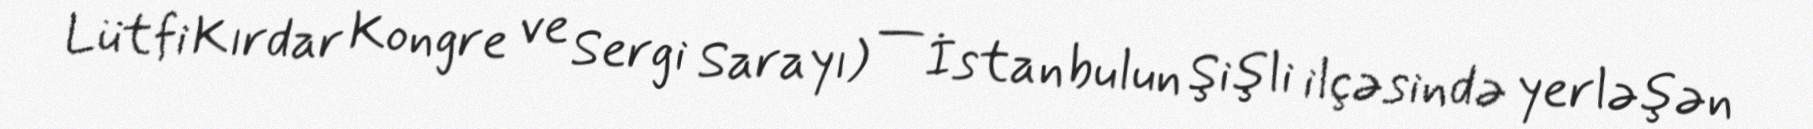
Lütfi Kırdar Kongre ve Sergi Sarayı) — İstanbulun Şişli ilçəsində yerləşən